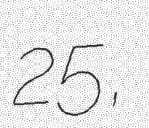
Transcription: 25,